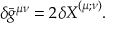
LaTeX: { } \delta \bar { g } ^ { \mu \nu } = 2 { \delta X } ^ { ( \mu ; \nu ) } .